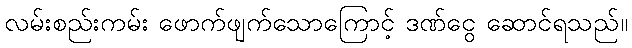
လမ်းစည်းကမ်း ဖောက်ဖျက်သောကြောင့် ဒဏ်ငွေ ဆောင်ရသည်။